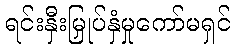
ရင်းနှီးမြှုပ်နှံမှုကော်မရှင်